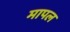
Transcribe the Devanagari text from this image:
मापल